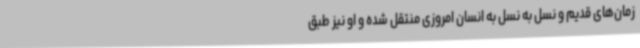
زمان‌های قدیم و نسل به نسل به انسان امروزی منتقل شده و او نیز طبق